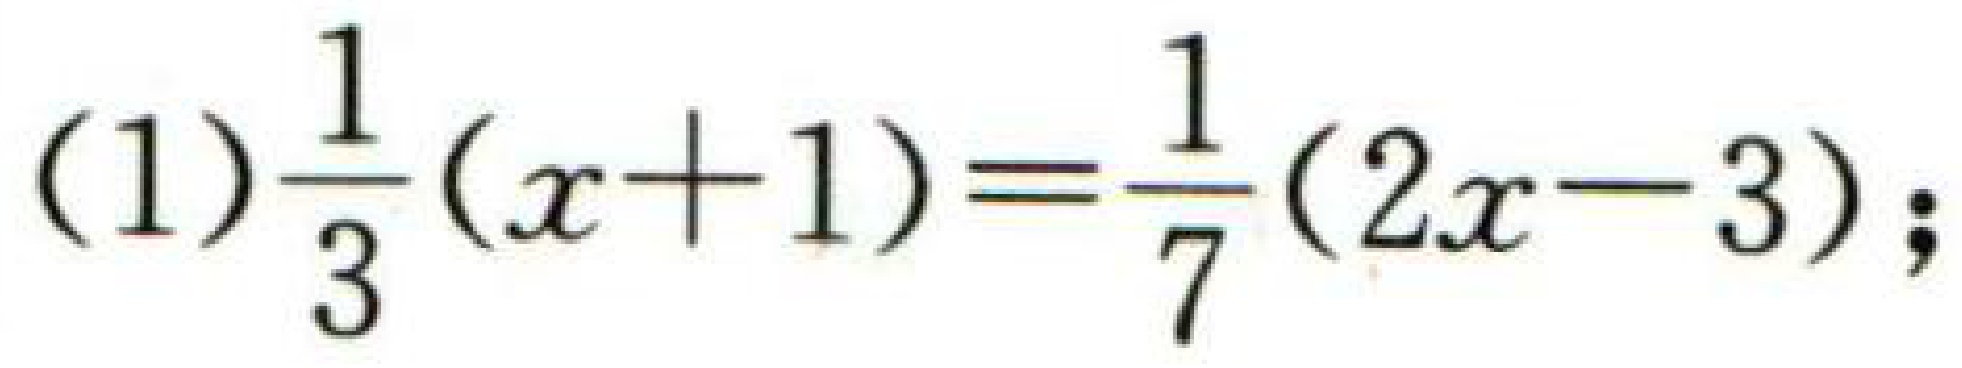
(1)$\frac{1}{3}(x + 1)=\frac{1}{7}(2x - 3)$;